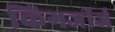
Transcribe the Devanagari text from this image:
किंगजॉर्ज